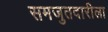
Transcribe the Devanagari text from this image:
समजुतदारीला